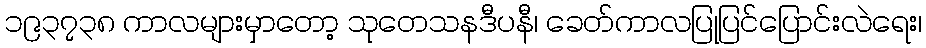
၁၉၃၇၃၈ ကာလများမှာတော့ သုတေသနဒီပနီ၊ ခေတ်ကာလပြုပြင်ပြောင်းလဲရေး၊